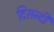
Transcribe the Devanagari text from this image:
दिसन्दी